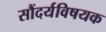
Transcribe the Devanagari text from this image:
सौंदर्यविषयक